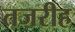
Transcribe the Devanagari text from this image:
तजरीह